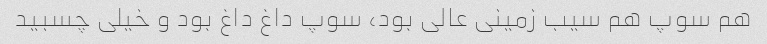
هم سوپ هم سیب زمینی عالی بود، سوپ داغ داغ بود و خیلی چسبید